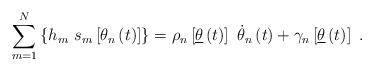
LaTeX: \begin{align*}\sum_{m=1}^{N}\left\{ h_{m}~s_{m}\left[ \theta _{n}\left( t\right) \right]\right\} =\rho _{n}\left[ \underline{\theta }\left( t\right) \right] ~\dot{\theta}_{n}\left( t\right) +\gamma _{n}\left[ \underline{\theta }\left(t\right) \right] ~. \end{align*}